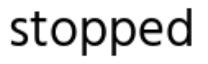
stopped